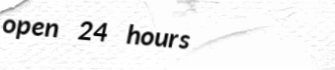
open 24 hours